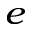
^ { e }